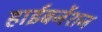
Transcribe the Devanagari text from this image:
हाईबर्नेशन